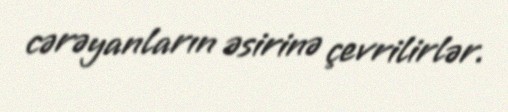
cərəyanların əsirinə çevrilirlər.